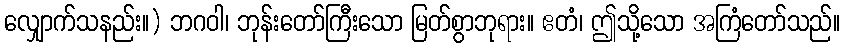
လျှောက်သနည်း။) ဘဂဝါ၊ ဘုန်းတော်ကြီးသော မြတ်စွာဘုရား။ ဧတံ၊ ဤသို့သော အကြံတော်သည်။